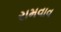
રામવાવ